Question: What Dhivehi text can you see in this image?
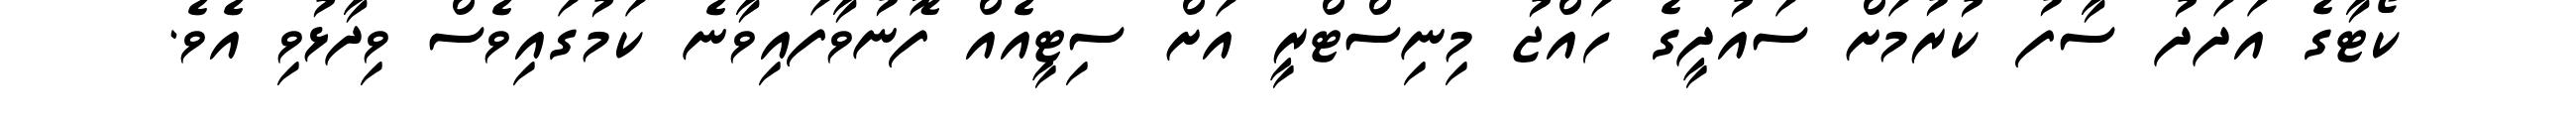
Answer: ކޯޓާގެ އަދަދު ސާފު ކުރުމަށް ސައުދީގެ ހައްޖު މިނިސްޓްރީ އަށް ސިޓީއެއް ފޮނުވާފައިވާނެ ކަމުގައިވެސް ވިދާޅުވި އެވެ.